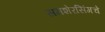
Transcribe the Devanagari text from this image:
समशेरसिंगचे